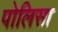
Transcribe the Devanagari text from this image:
पोलिसा